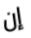
إن